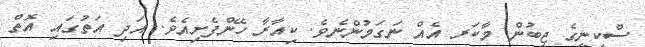
ސްކީނީގެ ޖީބުން މާކަރ އެއް ނަގަމުންނެވެ. ކިއާރާ ހޭންފެށިއެވެ. އަދި އަތުގައި އޮތް